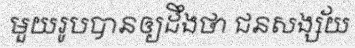
មួយរូបបានឲ្យដឹងថា ជនសង្ស័យ